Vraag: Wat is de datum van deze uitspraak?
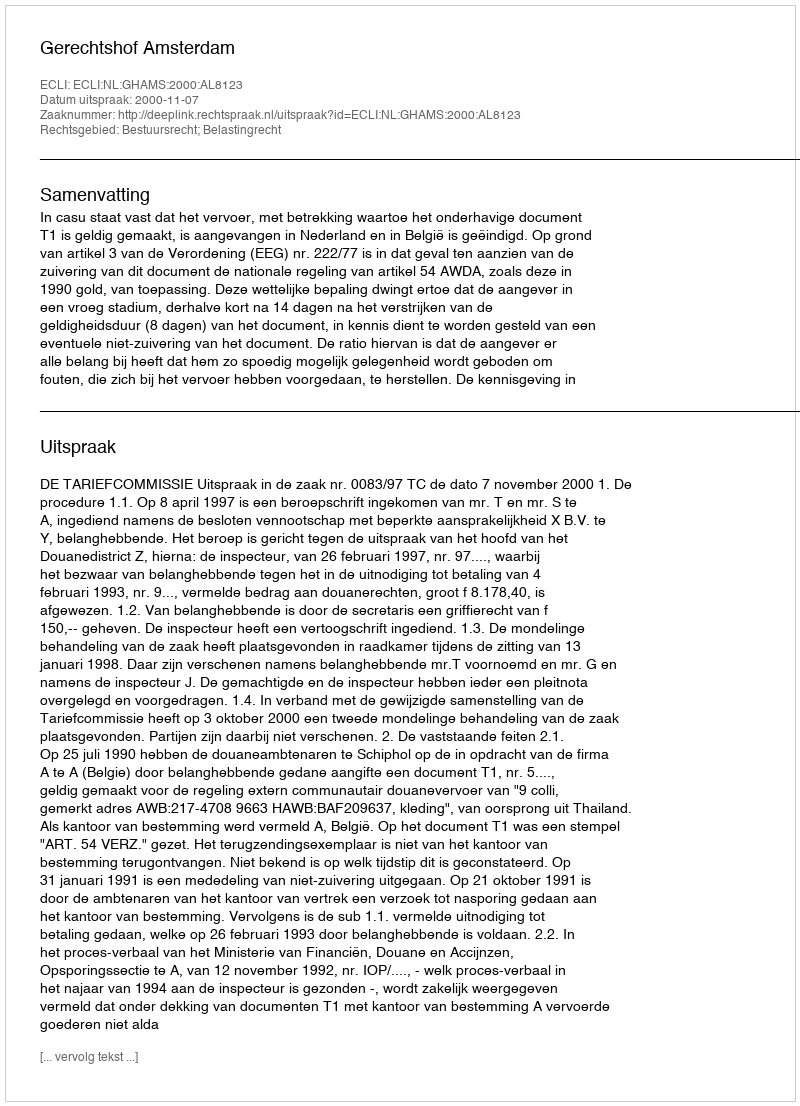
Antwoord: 2000-11-07